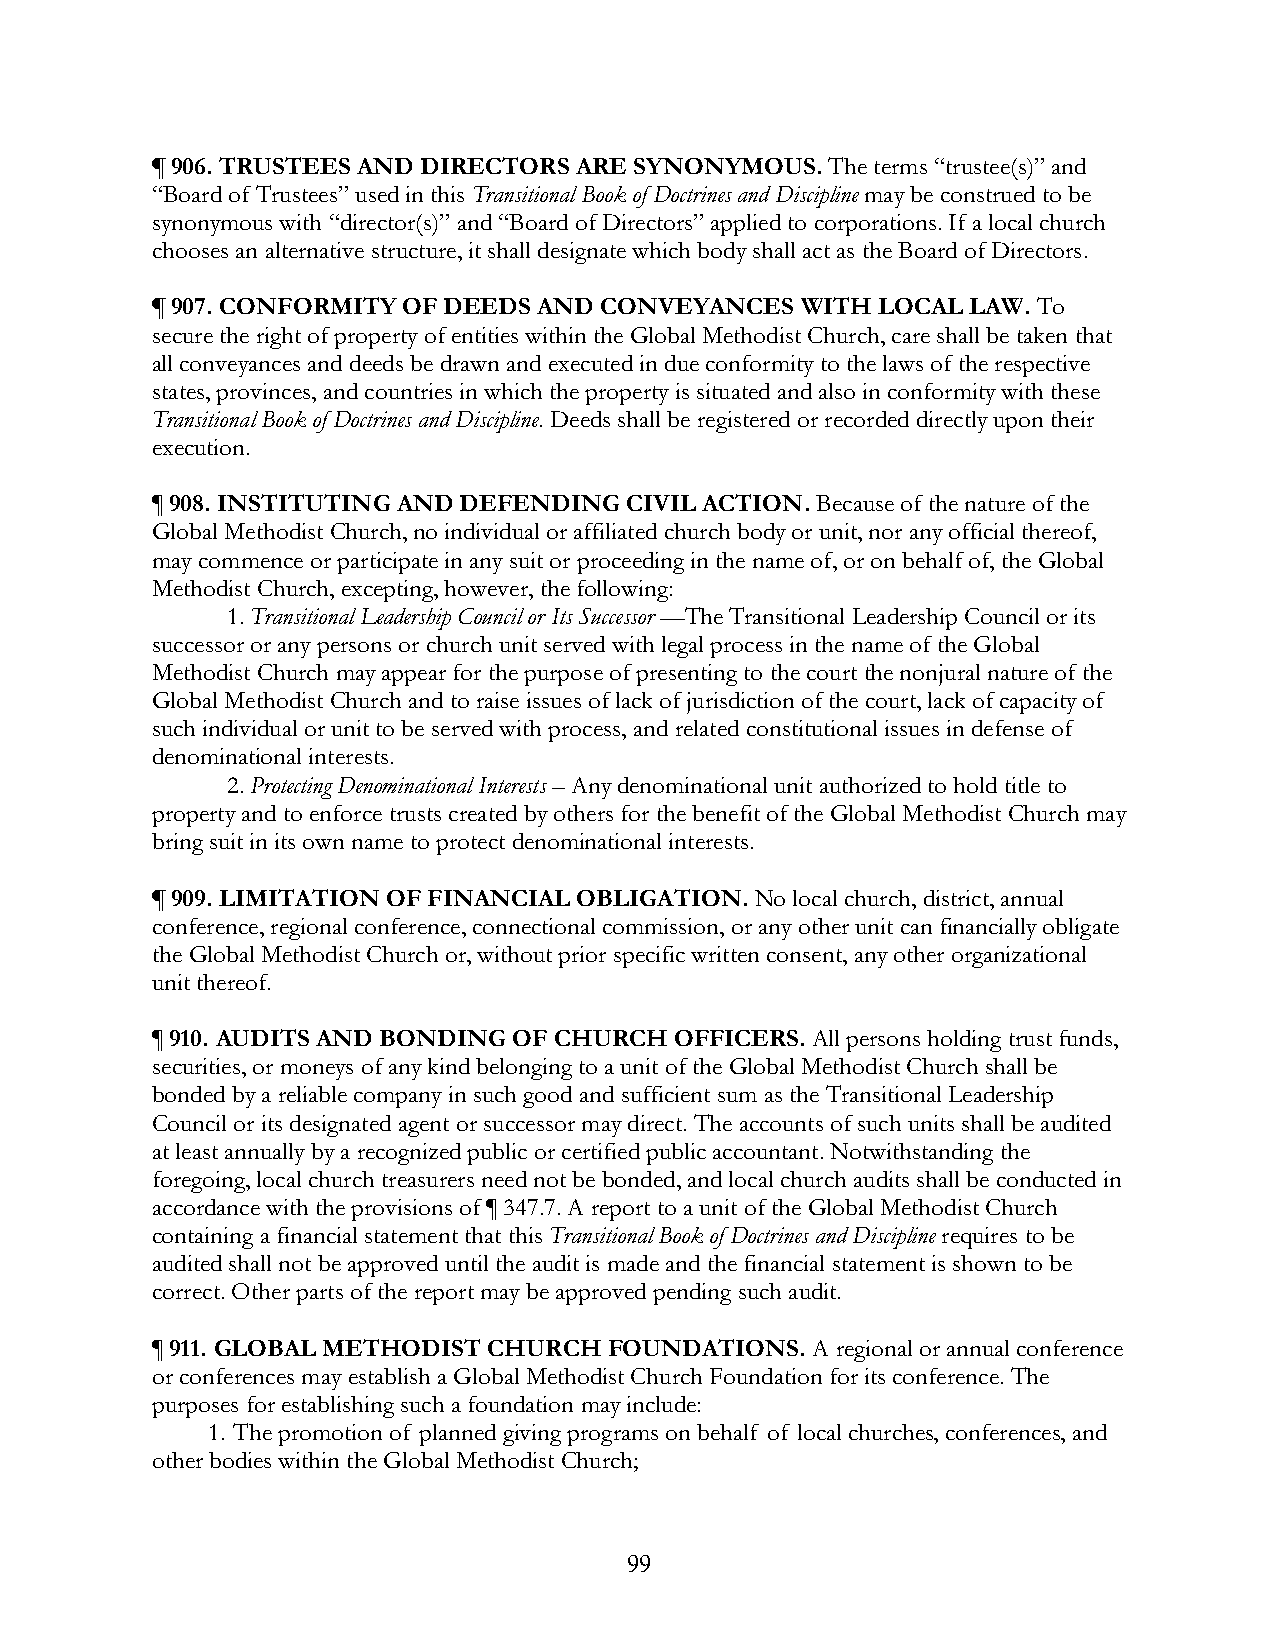
¶ 906. TRUSTEES AND DIRECTORS ARE SYNONYMOUS. The terms “trustee(s)” and
 “Board of Trustees” used in this Transitional Book of Doctrines and Discipline may be construed to be
 synonymous with “director(s)” and “Board of Directors” applied to corporations. If a local church
 chooses an alternative structure, it shall designate which body shall act as the Board of Directors.
 ¶ 907. CONFORMITY OF DEEDS AND CONVEYANCES WITH LOCAL LAW. To
 secure the right of property of entities within the Global Methodist Church, care shall be taken that
 all conveyances and deeds be drawn and executed in due conformity to the laws of the respective
 states, provinces, and countries in which the property is situated and also in conformity with these
 Transitional Book of Doctrines and Discipline. Deeds shall be registered or recorded directly upon their
 execution.
 ¶ 908. INSTITUTING AND DEFENDING CIVIL ACTION. Because of the nature of the
 Global Methodist Church, no individual or affiliated church body or unit, nor any official thereof,
 may commence or participate in any suit or proceeding in the name of, or on behalf of, the Global
 Methodist Church, excepting, however, the following:
 1. Transitional Leadership Council or Its Successor —The Transitional Leadership Council or its
 successor or any persons or church unit served with legal process in the name of the Global
 Methodist Church may appear for the purpose of presenting to the court the nonjural nature of the
 Global Methodist Church and to raise issues of lack of jurisdiction of the court, lack of capacity of
 such individual or unit to be served with process, and related constitutional issues in defense of
 denominational interests.
 2. Protecting Denominational Interests – Any denominational unit authorized to hold title to
 property and to enforce trusts created by others for the benefit of the Global Methodist Church may
 bring suit in its own name to protect denominational interests.
 ¶ 909. LIMITATION OF FINANCIAL OBLIGATION. No local church, district, annual
 conference, regional conference, connectional commission, or any other unit can financially obligate
 the Global Methodist Church or, without prior specific written consent, any other organizational
 unit thereof.
 ¶ 910. AUDITS AND BONDING OF CHURCH OFFICERS. All persons holding trust funds,
 securities, or moneys of any kind belonging to a unit of the Global Methodist Church shall be
 bonded by a reliable company in such good and sufficient sum as the Transitional Leadership
 Council or its designated agent or successor may direct. The accounts of such units shall be audited
 at least annually by a recognized public or certified public accountant. Notwithstanding the
 foregoing, local church treasurers need not be bonded, and local church audits shall be conducted in
 accordance with the provisions of ¶ 347.7. A report to a unit of the Global Methodist Church
 containing a financial statement that this Transitional Book of Doctrines and Discipline requires to be
 audited shall not be approved until the audit is made and the financial statement is shown to be
 correct. Other parts of the report may be approved pending such audit.
 ¶ 911. GLOBAL METHODIST CHURCH FOUNDATIONS. A regional or annual conference
 or conferences may establish a Global Methodist Church Foundation for its conference. The
 purposes for establishing such a foundation may include:
 1. The promotion of planned giving programs on behalf of local churches, conferences, and
 other bodies within the Global Methodist Church;
 99